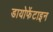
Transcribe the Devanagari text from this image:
डायोफेंटाइन